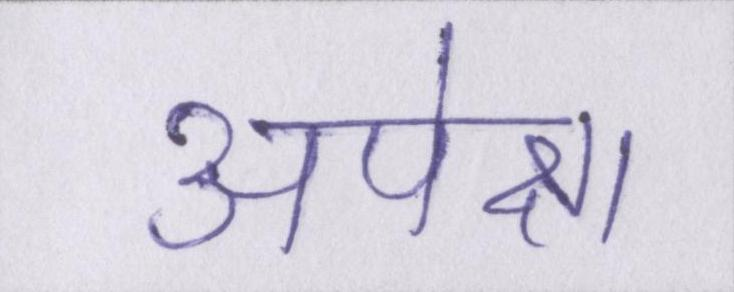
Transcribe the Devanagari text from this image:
अपेक्षा